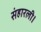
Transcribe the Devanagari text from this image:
संहारली।